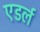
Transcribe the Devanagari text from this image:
एडर्ल